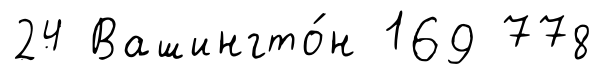
24 Вашингто́н 169 778